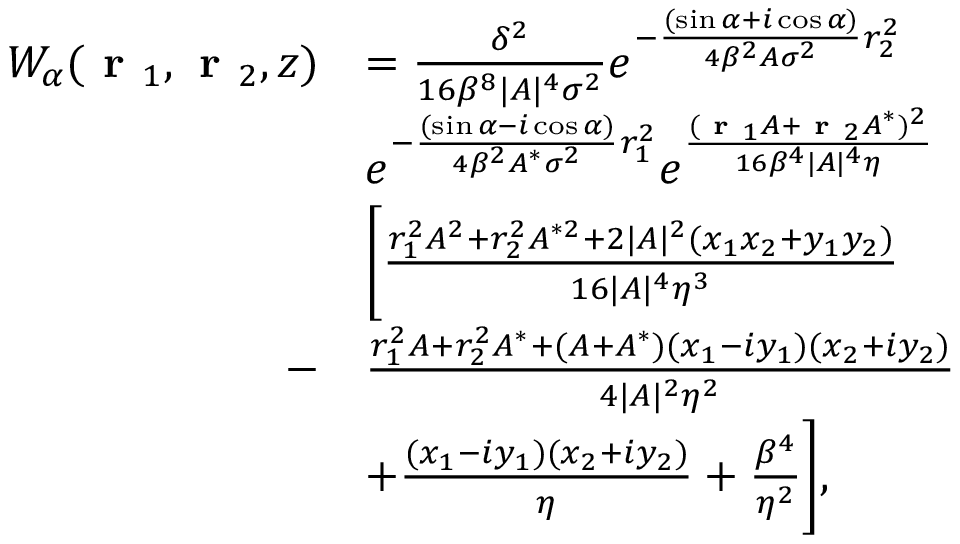
\begin{array} { r l } { W _ { \alpha } ( \textbf { r } _ { 1 } , \textbf { r } _ { 2 } , z ) } & { = \frac { \delta ^ { 2 } } { 1 6 \beta ^ { 8 } \lvert A \rvert ^ { 4 } \sigma ^ { 2 } } e ^ { - \frac { ( \sin { \alpha } + i \cos { \alpha } ) } { 4 \beta ^ { 2 } A \sigma ^ { 2 } } r _ { 2 } ^ { 2 } } } \\ & { e ^ { - \frac { ( \sin { \alpha } - i \cos { \alpha } ) } { 4 \beta ^ { 2 } A ^ { * } \sigma ^ { 2 } } r _ { 1 } ^ { 2 } } e ^ { \frac { ( \textbf { r } _ { 1 } A + \textbf { r } _ { 2 } A ^ { * } ) ^ { 2 } } { 1 6 \beta ^ { 4 } \lvert A \rvert ^ { 4 } \eta } } } \\ & { \Biggl [ \frac { r _ { 1 } ^ { 2 } A ^ { 2 } + r _ { 2 } ^ { 2 } A ^ { * 2 } + 2 \lvert A \rvert ^ { 2 } ( x _ { 1 } x _ { 2 } + y _ { 1 } y _ { 2 } ) } { 1 6 \lvert A \rvert ^ { 4 } \eta ^ { 3 } } } \\ { - } & { \frac { r _ { 1 } ^ { 2 } A + r _ { 2 } ^ { 2 } A ^ { * } + ( A + A ^ { * } ) ( x _ { 1 } - i y _ { 1 } ) ( x _ { 2 } + i y _ { 2 } ) } { 4 \lvert A \rvert ^ { 2 } \eta ^ { 2 } } } \\ & { + \frac { ( x _ { 1 } - i y _ { 1 } ) ( x _ { 2 } + i y _ { 2 } ) } { \eta } + \frac { \beta ^ { 4 } } { \eta ^ { 2 } } \Biggr ] , } \end{array}